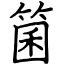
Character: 箘